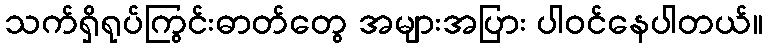
သက်ရှိရုပ်ကြွင်းဓာတ်တွေ အများအပြား ပါဝင်နေပါတယ်။